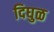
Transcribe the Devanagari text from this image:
दिघुळ